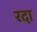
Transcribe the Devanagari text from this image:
रदा